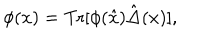
\phi ( x ) = \mathrm { T r } [ \phi ( \hat { x } ) \hat { \Delta } ( x ) ] ,